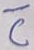
Text: C